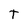
Character: T